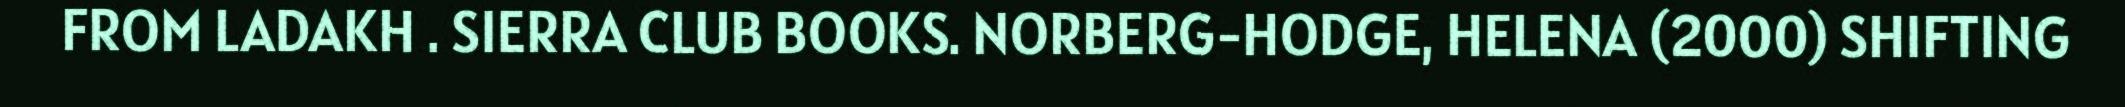
FROM LADAKH . SIERRA CLUB BOOKS. NORBERG-HODGE, HELENA (2000) SHIFTING